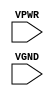
module sky130_fd_sc_hs__tapmet1 (
    //# {{power|Power}}
    input VPWR,
    input VGND
);
endmodule